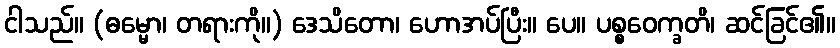
ငါသည်။ (ဓမ္မော၊ တရားကို။) ဒေသိတော၊ ဟောအပ်ပြီး။ ပေ။ ပစ္စဝေက္ခတိ၊ ဆင်ခြင်၏။